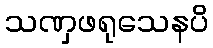
သဏှဖရုသေနပိ